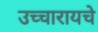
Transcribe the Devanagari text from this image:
उच्चारायचे